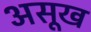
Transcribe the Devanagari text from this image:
असूख